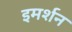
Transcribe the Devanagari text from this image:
इमर्शन